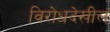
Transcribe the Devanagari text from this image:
विरोधदेखील